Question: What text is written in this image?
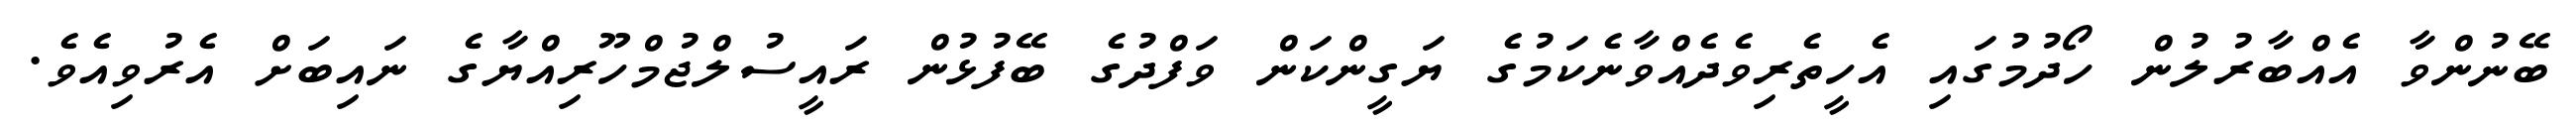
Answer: ބޭނުންވާ އެއްބާރުލުން ހޯދުމުގައި އެހީތެރިވެދެއްވާނެކަމުގެ ޔަގީންކަން ވަފްދުގެ ބޭފުޅުން ރައީސުލްޖުމްހޫރިއްޔާގެ ނައިބަށް އެރުވިއެވެ.